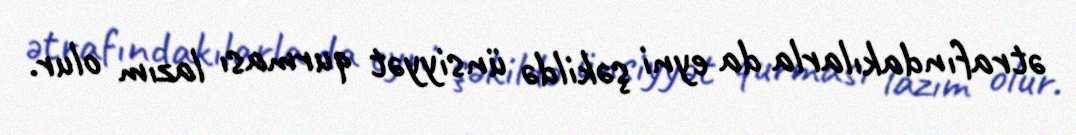
ətrafındakılarla da eyni şəkildə ünsiyyət qurması lazım olur.